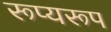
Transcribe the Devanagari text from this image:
रूप्यरूप